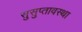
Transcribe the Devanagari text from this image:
सुसुप्तावस्था